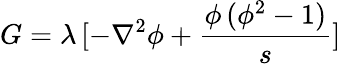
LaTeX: G=\lambda\, [-{\nabla^{2}}\phi+\frac{{\phi\, ({\phi^{2}}-1)}}{s}]